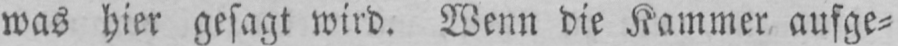
was hier gesagt wird. Wenn die Kammer aufge⸗